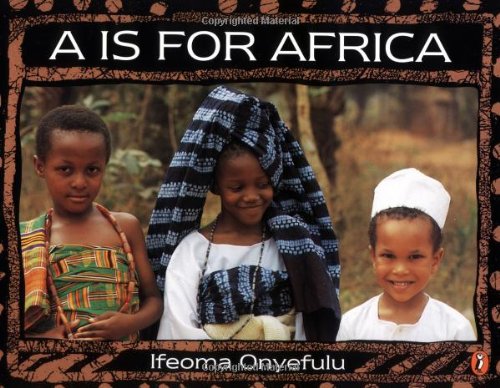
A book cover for A Is for Africa; Ifeoma Onyefulu; Children's Books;